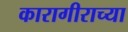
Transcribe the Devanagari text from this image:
कारागीराच्या